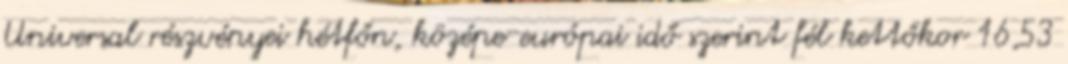
Universal részvényei hétfőn, középe-európai idő szerint fél kettőkor 16,53